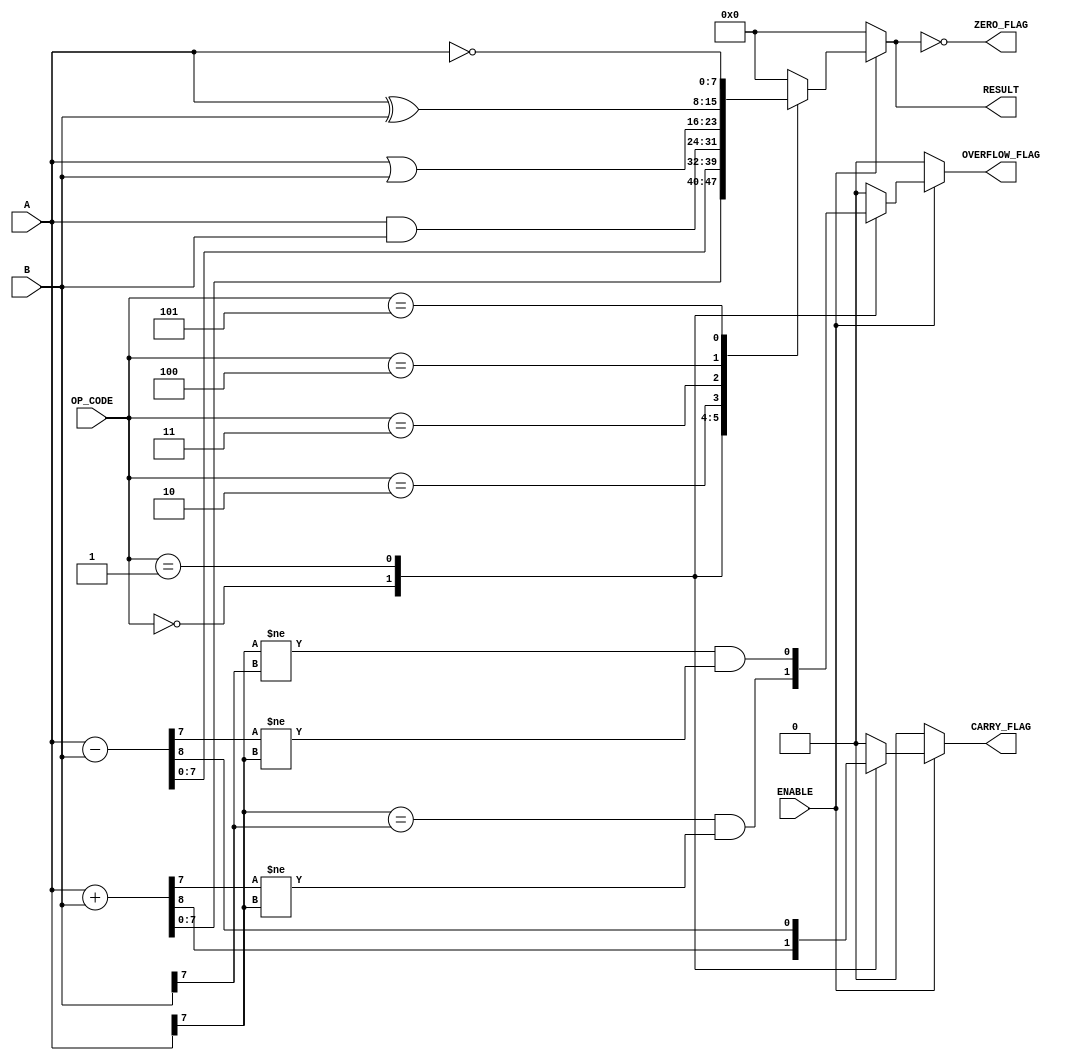
module ParameterizedALU #(
    parameter DATA_WIDTH = 8,
    parameter OPERATION_MODE = 4 // Number of operations supported
)(
    input  wire [DATA_WIDTH-1:0] A,
    input  wire [DATA_WIDTH-1:0] B,
    input  wire [OPERATION_MODE-1:0] OP_CODE,
    input  wire ENABLE,
    output reg [DATA_WIDTH-1:0] RESULT,
    output reg ZERO_FLAG,
    output reg CARRY_FLAG,
    output reg OVERFLOW_FLAG
);

    // Operation codes
    localparam ADD      = 4'b0000;
    localparam SUB      = 4'b0001;
    localparam AND      = 4'b0010;
    localparam OR       = 4'b0011;
    localparam XOR      = 4'b0100;
    localparam NOT      = 4'b0101;
    // Add more operations as needed...

    always @(*) begin
        if (ENABLE) begin
            case (OP_CODE)
                ADD: begin
                    {CARRY_FLAG, RESULT} = A + B; // Capture carry out
                    OVERFLOW_FLAG = (A[DATA_WIDTH-1] == B[DATA_WIDTH-1]) && (RESULT[DATA_WIDTH-1] != A[DATA_WIDTH-1]);
                end
                SUB: begin
                    {CARRY_FLAG, RESULT} = A - B; // Capture borrow as carry
                    OVERFLOW_FLAG = (A[DATA_WIDTH-1] != B[DATA_WIDTH-1]) && (RESULT[DATA_WIDTH-1] != A[DATA_WIDTH-1]);
                end
                AND: begin
                    RESULT = A & B;
                    CARRY_FLAG = 0;
                    OVERFLOW_FLAG = 0;
                end
                OR: begin
                    RESULT = A | B;
                    CARRY_FLAG = 0;
                    OVERFLOW_FLAG = 0;
                end
                XOR: begin
                    RESULT = A ^ B;
                    CARRY_FLAG = 0;
                    OVERFLOW_FLAG = 0;
                end
                NOT: begin
                    RESULT = ~A; // NOT A
                    CARRY_FLAG = 0;
                    OVERFLOW_FLAG = 0;
                end
                default: begin
                    RESULT = 0;
                    CARRY_FLAG = 0;
                    OVERFLOW_FLAG = 0;
                end
            endcase
        end else begin
            RESULT = 0;
            CARRY_FLAG = 0;
            OVERFLOW_FLAG = 0;
        end

        // Set ZERO_FLAG
        ZERO_FLAG = (RESULT == 0);
    end

endmodule